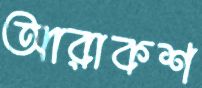
আরাকশ